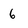
Character: 6